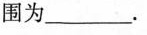
围为___.